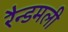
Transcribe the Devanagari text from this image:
रैन्डमली